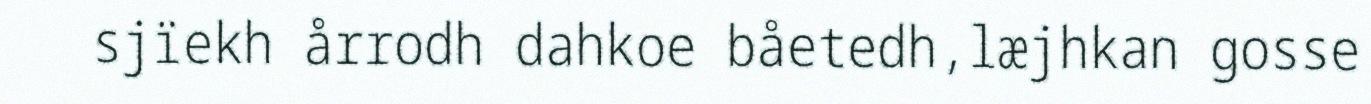
sjïekh årrodh dahkoe båetedh,læjhkan gosse